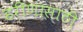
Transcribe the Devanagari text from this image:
हरीणासाठी